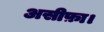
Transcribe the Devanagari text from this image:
असीफ़ा।